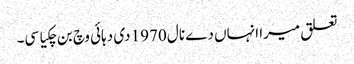
تعلق میرا انہاں دے نال 1970 دی دہائی وچ بن چکیا سی۔